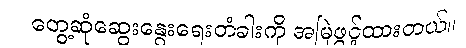
တွေ့ဆုံဆွေးနွေးရေးတံခါးကို အမြဲဖွင့်ထားတယ်။